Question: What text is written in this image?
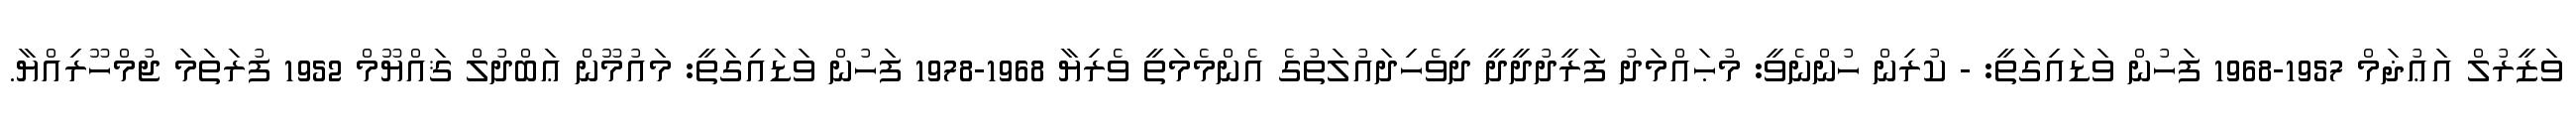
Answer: ވަޒީރުލް އަޢުޛަމް 1957-1968 ފަހުން ވަޑައިގަތީ: - ކުރިން ހުންނެވީ: މުޙައްމަދު ފަރީދުދީދީ ދިވެހިދައުލަތުގެ އެންމެމަތީ ވެރިޔާ 1968-1978 ފަހުން ވަޑައިގަތީ: މައުމޫން ޢަބްދުލް ޤައްޔޫމް 1952 ފުރަތަމަ ޖުމްހޫރިއްޔާ.